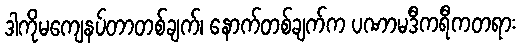
ဒါကိုမကျေနပ်တာတစ်ချက်၊ နောက်တစ်ချက်က ပဏာမဒီကရီကတရား